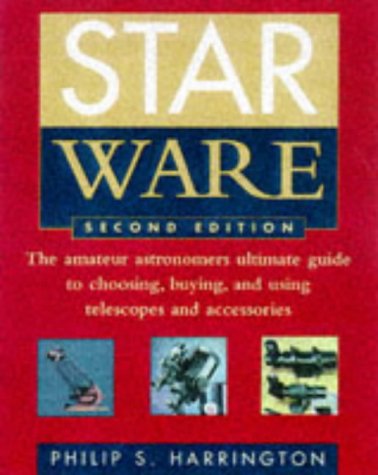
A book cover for Star Ware: The Amateur Astronomer's Ultimate Guide to Choosing, Buying, and Using Telescopes and Accessories; Philip S. Harrington; Science & Math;